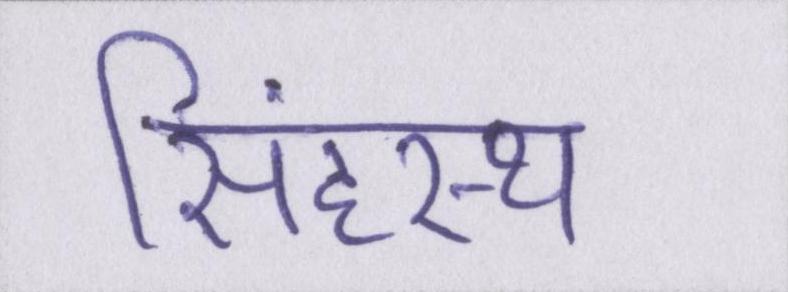
सिंहस्थ